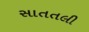
સાતતલી